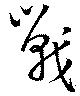
戦